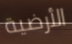
الأرضية